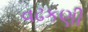
વઢકણી